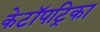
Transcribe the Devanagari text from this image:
केटॉपट्रिका